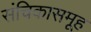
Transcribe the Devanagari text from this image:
संचिकासमूह